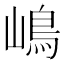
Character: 嶋